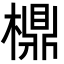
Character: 檙